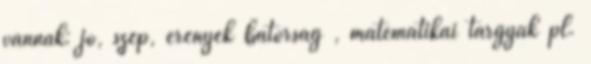
vannak: jó, szép, erények bátorság , matematikai tárgyak pl.